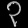
Digit: ၃